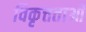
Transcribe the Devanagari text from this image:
विकृत्तताओं